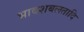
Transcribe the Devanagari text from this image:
भावशबलतादि